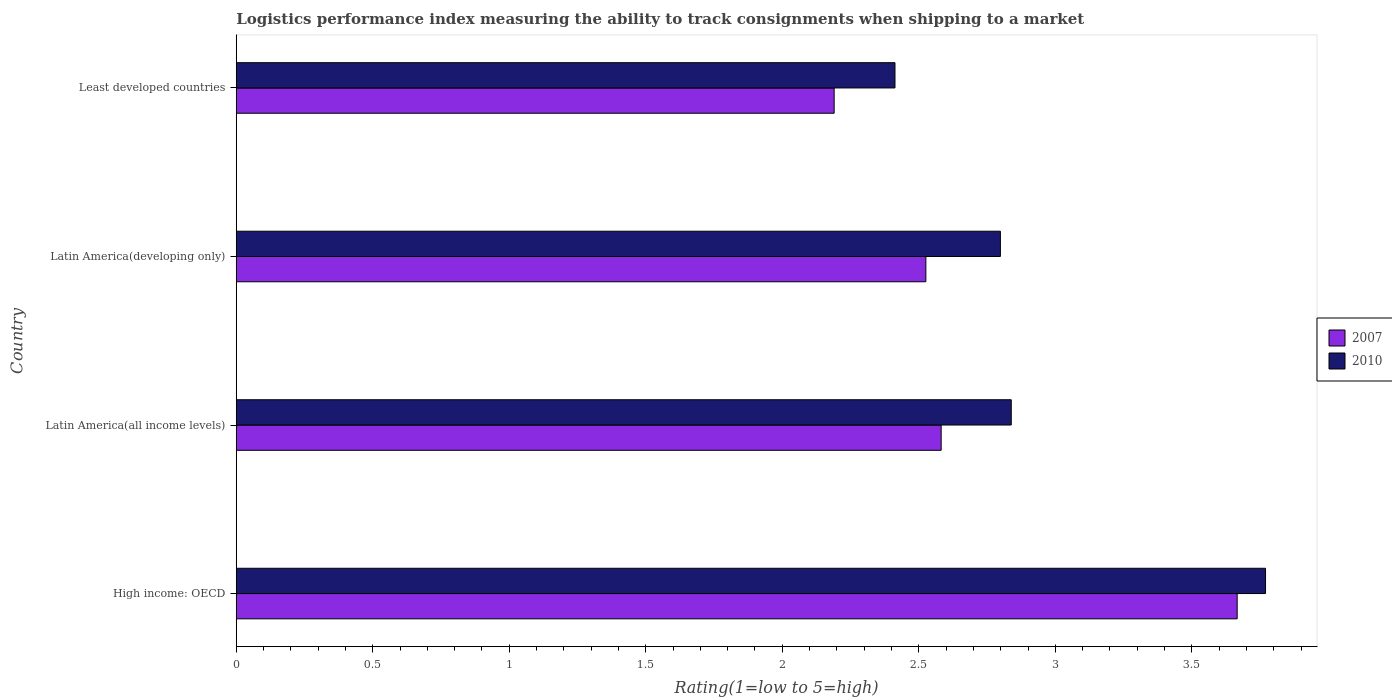
| Country | 2007 | 2010 |
 | --- | --- | --- |
 | High income: OECD | 3.67 | 3.77 |
 | Latin America(all income levels) | 2.58 | 2.84 |
 | Latin America(developing only) | 2.53 | 2.8 |
 | Least developed countries | 2.19 | 2.41 |